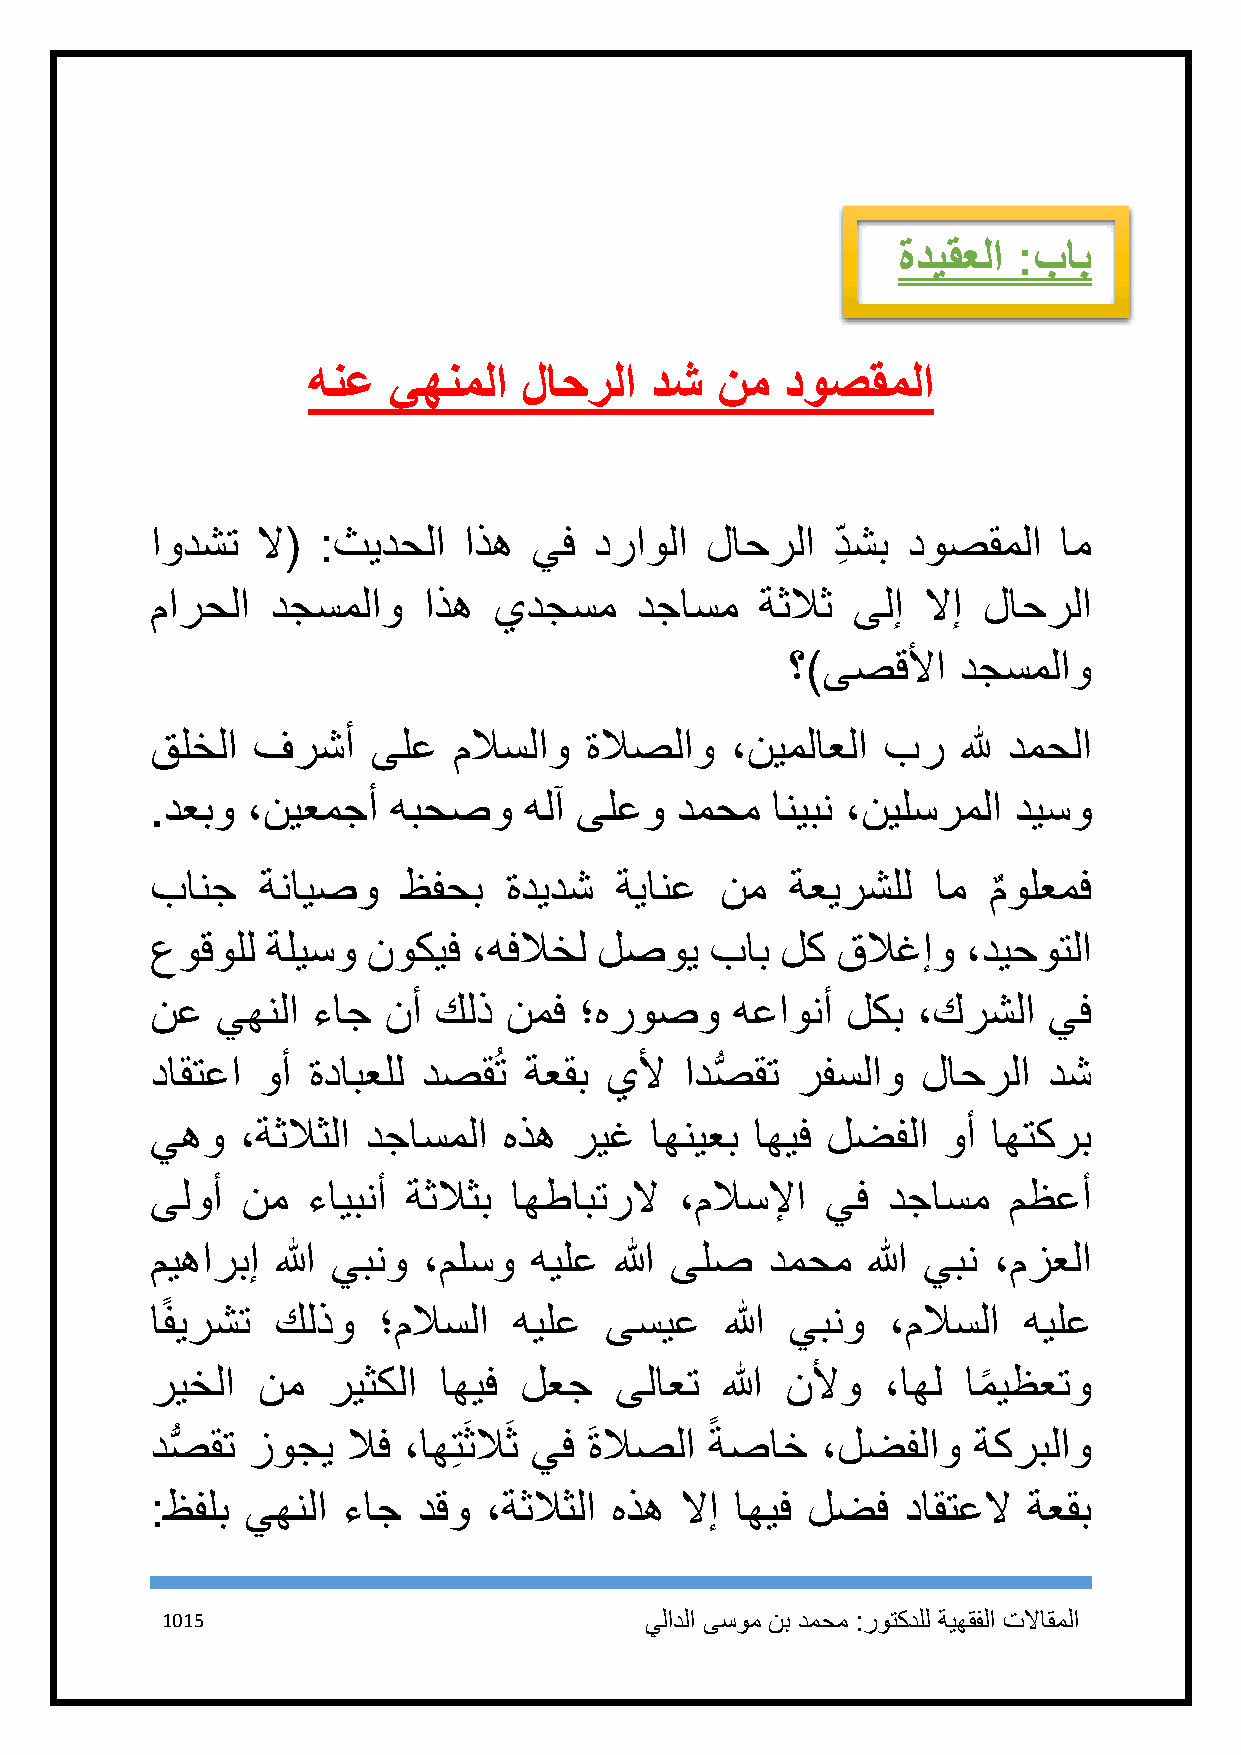
ةديقعلا :باب
 هنع   يهنملا   لاحرلا  دش  نم   دوصقملا
 اودشت  لا( :ثيدحلا   اذه يف  دراولا  لاحرلا  د ِ شب دوصقملا ام
 مارحلا  دجسملاو   اذه  يدجسم    دجاسم   ةثلاث ىلإ  لاإ لاحرلا
 ؟)ىصقلأا   دجسملاو
 قلخلا  فرشأ    ىلع  ملاسلاو  ةلاصلاو  ،نيملاعلا بر    لله دمحلا
 .دعبو ،نيعمجأ   هبحصو    هلآ ىلعو  دمحم  انيبن ،نيلسرملا ديسو
 بانج   ةنايصو    ظفحب  ةديدش   ةيانع  نم  ةعيرشلل   ام مولعمف
 ٌ
 عوقولل  ةليسو نوكيف  ،هفلاخل  لصوي   باب  لك قلاغإو   ،ديحوتلا
 نع  يهنلا  ءاج نأ  كلذ نمف  ؛هروصو     هعاونأ لكب  ،كرشلا  يف
 داقتعا وأ ةدابعلل دصقُت  ةعقب يلأ  ادصُّ قت رفسلاو لاحرلا  دش
 يهو   ،ةثلاثلا دجاسملا هذه  ريغ  اهنيعب اهيف لضفلا  وأ  اهتكرب
 ىلوأ  نم  ءايبنأ ةثلاثب اهطابترلا  ،ملاسلإا  يف  دجاسم   مظعأ
 ميهاربإ الله يبنو ،ملسو  هيلع  الله ىلص  دمحم  الله يبن ،مزعلا
 اًفيرشت كلذو   ؛ملاسلا  هيلع  ىسيع    الله يبنو  ،ملاسلا  هيلع
 ريخلا  نم   ريثكلا اهيف لعج    ىلاعت  الله نلأو  ،اهل امً يظعتو
 دصُّ قت زوجي لاف ،اهِتَثلاَث يف َ ةلاصلا ً ةصاخ ،لضفلاو ةكربلاو
 :ظفلب يهنلا  ءاج  دقو ،ةثلاثلا هذه لاإ اهيف لضف   داقتعلا ةعقب
 1115                            يلادلا ىسوم نب دمحم :روتكدلل ةيهقفلا تلااقملا